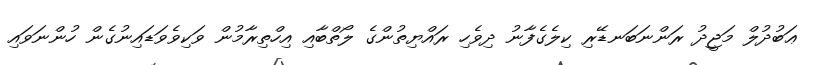
ޢަބުދުލް މަޖީދު ރަންނަބަނޑޭރި ކިލެގެފާނު ދިވެހި ރައްޔިތުންގެ ލޯތްބާއި އިހްތިރާމުން ވަކިވެވަޑައިނުގެން ހުންނަވައި